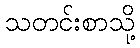
သတင်းစာသို့